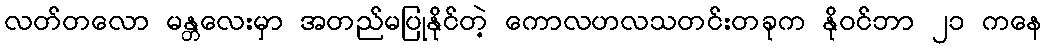
လတ်တလော မန္တလေးမှာ အတည်မပြုနိုင်တဲ့ ကောလဟလသတင်းတခုက နိုဝင်ဘာ ၂၁ ကနေ